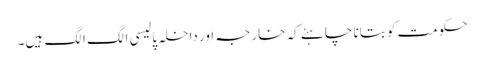
حکومت کو بتانا چاہئے کہ خارجہ اور داخلہ پالیسی الگ الگ ہیں۔